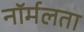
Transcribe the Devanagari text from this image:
नॉर्मलता